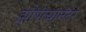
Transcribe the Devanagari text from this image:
झोपल्यानंतर